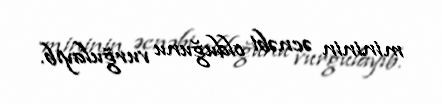
mininin əcnəbi olduğunu vurğulayıb.